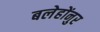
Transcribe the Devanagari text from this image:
बलेहोंनुर